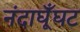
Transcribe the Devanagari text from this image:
नंदाघूँघट